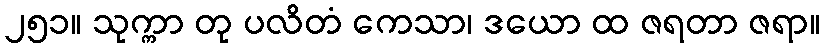
၂၅၁။ သုက္ကာ တု ပလိတံ ကေသာ၊ ဒယော ထ ဇရတာ ဇရာ။